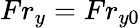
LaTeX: Fr_{y}=Fr_{y0}